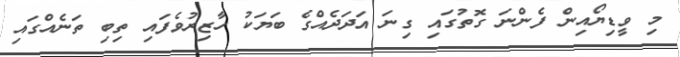
މި ވީޑިޔޯއިން ފެންނަ ގޮތުގައި ގިނަ އަދަދެއްގެ ބަޔަކު ހާޒިރުވެފައި ތިބި ތަނެއްގައި